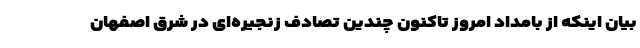
بیان اینکه از بامداد امروز تاکنون چندین تصادف زنجیره‌ای در شرق اصفهان